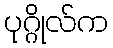
ပုဂ္ဂိုလ်က